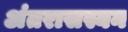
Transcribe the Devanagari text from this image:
अंतरासस्यन